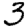
Digit: 3